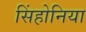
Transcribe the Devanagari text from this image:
सिंहोनिया